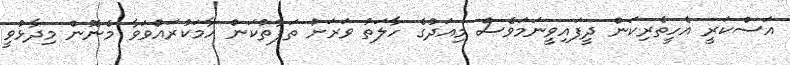
އަސްކަރީ އެހީތެރިކަން ދީފައިވީނަމަވެސް މިއަދުގެ ހާލަތު ވަރަށް ތަފާތުކަން ހާމަކުރައްވަވާ މެނޮން މިދާޅުވީ